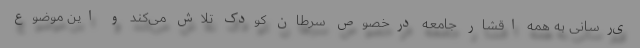
ی‌رسانی به همه اقشار جامعه درخصوص سرطان کودک تلاش می‌کند و این موضوع